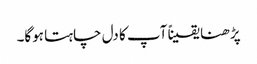
پڑھنا یقیناً آپ کا دل چاہتا ہوگا۔